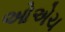
ઓએચ